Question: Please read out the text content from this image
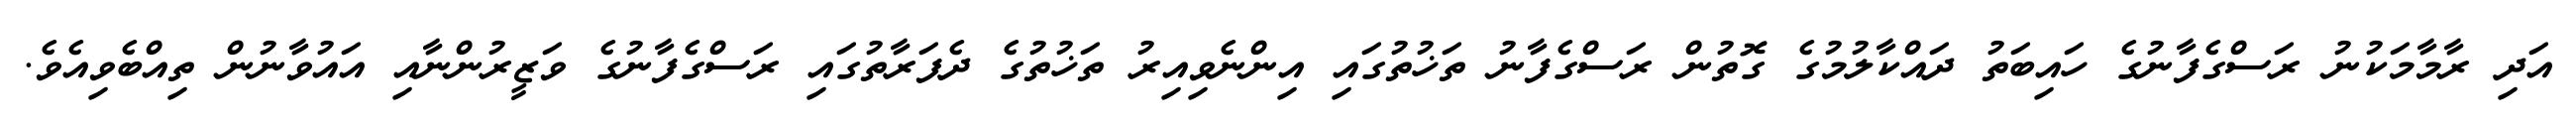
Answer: އަދި ރާމާމަކުނު ރަސްގެފާނުގެ ހައިބަތު ދައްކާލުމުގެ ގޮތުން ރަސްގެފާނު ތަޚުތުގައި އިންނެވިއިރު ތަޚުތުގެ ދެފަރާތުގައި ރަސްގެފާނުގެ ވަޒީރުންނާއި އައުވާނުން ތިއްބެވިއެވެ.